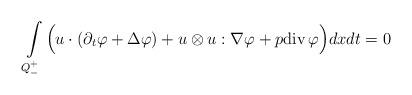
LaTeX: \begin{align*} \int\limits_{Q^+_-}\Big(u\cdot(\partial_t\varphi+\Delta \varphi)+u\otimes u:\nabla\varphi+p{\rm div}\,\varphi\Big)dx dt=0\end{align*}